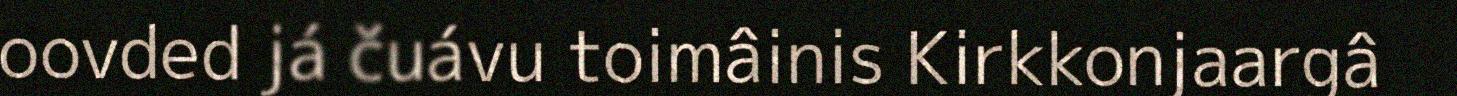
oovded já čuávu toimâinis Kirkkonjaargâ